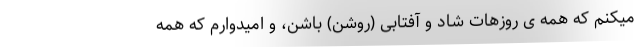
میکنم که همه ی روزهات شاد و آفتابی (روشن) باشن، و امیدوارم که همه